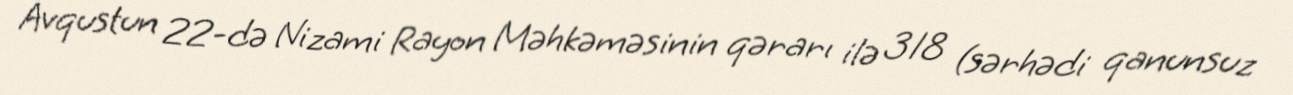
Avqustun 22-də Nizami Rayon Məhkəməsinin qərarı ilə 318 (sərhədi qanunsuz